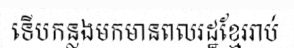
ទើបកន្លងមកមានពលរដ្ឋខ្មែររាប់